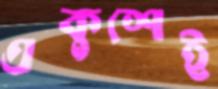
একুশেই